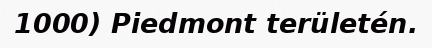
1000) Piedmont területén.